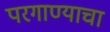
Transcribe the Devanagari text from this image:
परगाण्याचा